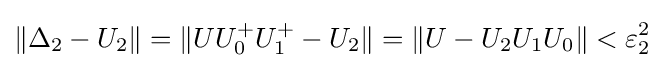
\|\Delta _{2}-U_{2}\|=\|UU_{0}^{+}U_{1}^{+}-U_{2}\|=\|U-U_{2}U_{1}U_{0}\|<\varepsilon _{2}^{2}